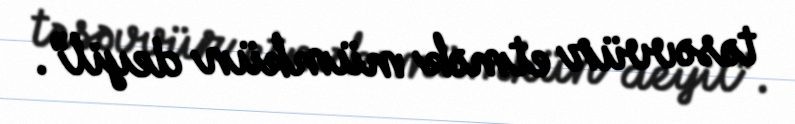
təsəvvür etmək mümkün deyil”.